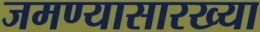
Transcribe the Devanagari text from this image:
जमण्यासारख्या